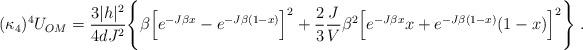
LaTeX: \begin{align*}(\kappa_4)^4 U_{OM} = \frac{3|h|^2}{4 d J^2} \Bigg\{ \beta \Big[ e^{-J\beta x}-e^{-J\beta(1-x)} \Big]^2 +\frac{2}{3}\frac{J}{V}\beta^2 \Big[ e^{-J\beta x} x + e^{-J\beta(1-x)} (1-x) \Big]^2 \Bigg\} \; . \end{align*}